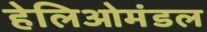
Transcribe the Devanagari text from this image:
हेलिओमंडल